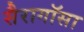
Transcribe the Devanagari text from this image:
सैरागॉसा